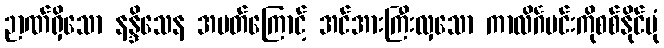
ဉာဏ်ရှိသော နန္ဒိသေန အမတ်ကြောင့် အင်အားကြီးလှသော ကာလိင်္ဂမင်းကိုစစ်နိုင်ပုံ